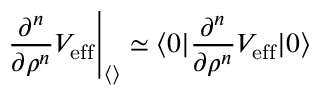
\left. { { \frac { \partial ^ { n } } { \partial \rho ^ { n } } } V _ { \mathrm { e f f } } } \right\vert _ { \langle { } \rangle } \simeq \langle 0 \vert { \frac { \partial ^ { n } } { \partial \rho ^ { n } } } V _ { \mathrm { e f f } } \vert 0 \rangle